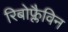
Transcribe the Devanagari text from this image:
रिबोफ्लैविन